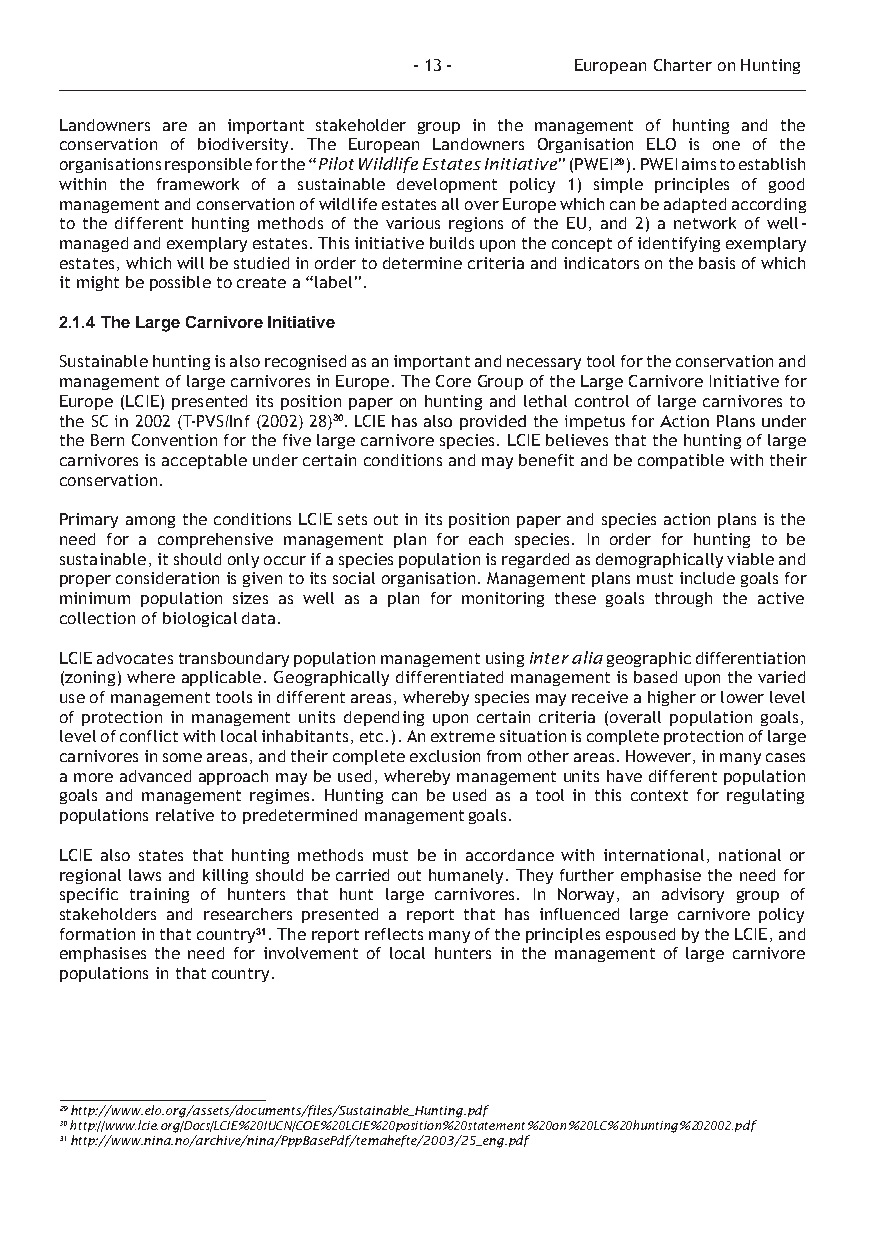
- 13 -     European Charter on Hunting
 Landowners are an important stakeholder group in the management of hunting and the
 conservation of biodiversity. The European Landowners Organisation ELO is one of the
 organisations responsible for the “Pilot Wildlife Estates Initiative” (PWEI29). PWEI aims to establish
 within the framework of a sustainable development policy 1) simple principles of good
 management and conservation of wildlife estates all over Europe which can be adapted according
 to the different hunting methods of the various regions of the EU, and 2) a network of well-
 managed and exemplary estates. This initiative builds upon the concept of identifying exemplary
 estates, which will be studied in order to determine criteria and indicators on the basis of which
 it might be possible to create a “label”.
 2.1.4 The Large Carnivore Initiative
 Sustainable hunting is also recognised as an important and necessary tool for the conservation and
 management of large carnivores in Europe. The Core Group of the Large Carnivore Initiative for
 Europe (LCIE) presented its position paper on hunting and lethal control of large carnivores to
 the SC in 2002 (T-PVS/Inf (2002) 28)30. LCIE has also provided the impetus for Action Plans under
 the Bern Convention for the five large carnivore species. LCIE believes that the hunting of large
 carnivores is acceptable under certain conditions and may benefit and be compatible with their
 conservation.
 Primary among the conditions LCIE sets out in its position paper and species action plans is the
 need for a comprehensive management plan for each species. In order for hunting to be
 sustainable, it should only occur if a species population is regarded as demographically viable and
 proper consideration is given to its social organisation. Management plans must include goals for
 minimum population sizes as well as a plan for monitoring these goals through the active
 collection of biological data.
 LCIE advocates transboundary population management using inter alia geographic differentiation
 (zoning) where applicable. Geographically differentiated management is based upon the varied
 use of management tools in different areas, whereby species may receive a higher or lower level
 of protection in management units depending upon certain criteria (overall population goals,
 level of conflict with local inhabitants, etc.). An extreme situation is complete protection of large
 carnivores in some areas, and their complete exclusion from other areas. However, in many cases
 a more advanced approach may be used, whereby management units have different population
 goals and management regimes. Hunting can be used as a tool in this context for regulating
 populations relative to predetermined management goals.
 LCIE also states that hunting methods must be in accordance with international, national or
 regional laws and killing should be carried out humanely. They further emphasise the need for
 specific training of hunters that hunt large carnivores. In Norway, an advisory group of
 stakeholders and researchers presented a report that has influenced large carnivore policy
 formation in that country31. The report reflects many of the principles espoused by the LCIE, and
 emphasises the need for involvement of local hunters in the management of large carnivore
 populations in that country.
 29 http://www.elo.org/assets/documents/files/Sustainable_Hunting.pdf
 30 http://www.lcie.org/Docs/LCIE%20IUCN/COE%20LCIE%20position%20statement%20on%20LC%20hunting%202002.pdf
 31 http://www.nina.no/archive/nina/PppBasePdf/temahefte/2003/25_eng.pdf